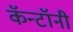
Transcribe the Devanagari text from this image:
कॅन्टॉनी